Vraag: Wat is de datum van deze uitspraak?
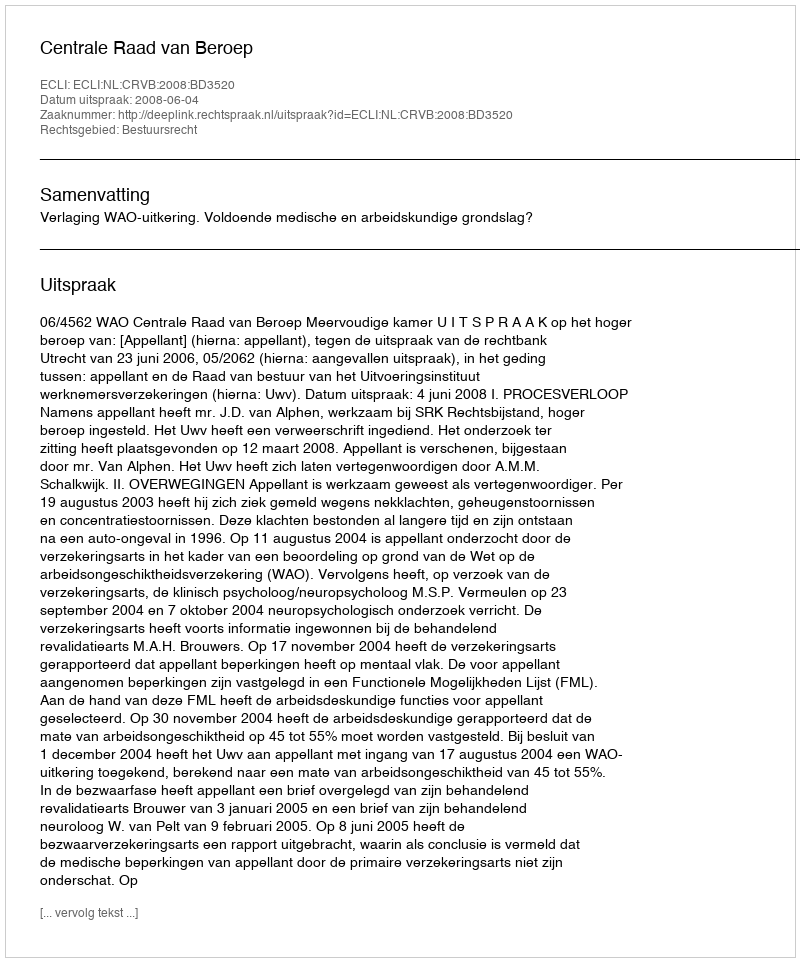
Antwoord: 2008-06-04